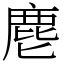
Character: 麀